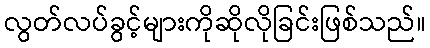
လွတ်လပ်ခွင့်များကိုဆိုလိုခြင်းဖြစ်သည်။